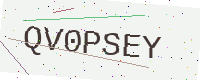
Text: QV0PSEY